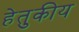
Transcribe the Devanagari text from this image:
हेतुकीय